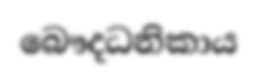
බෞදධනිකාය